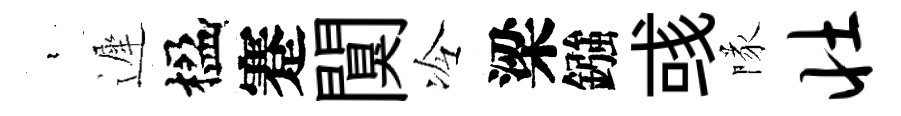
裊遲楹蹇闃冷梁鏹彧隊壮